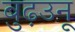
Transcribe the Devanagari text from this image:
बुढ़उनू